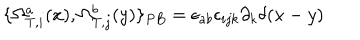
\{ \Omega _ { T , i } ^ { a } ( x ) , \Omega _ { T , j } ^ { b } ( y ) \} _ { P B } = \epsilon _ { a b } \epsilon _ { i j k } \partial _ { k } \delta ( x - y )